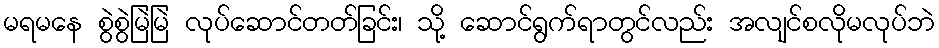
မရမနေ စွဲစွဲမြဲမြဲ လုပ်ဆောင်တတ်ခြင်း၊ သို့ ဆောင်ရွက်ရာတွင်လည်း အလျင်စလိုမလုပ်ဘဲ